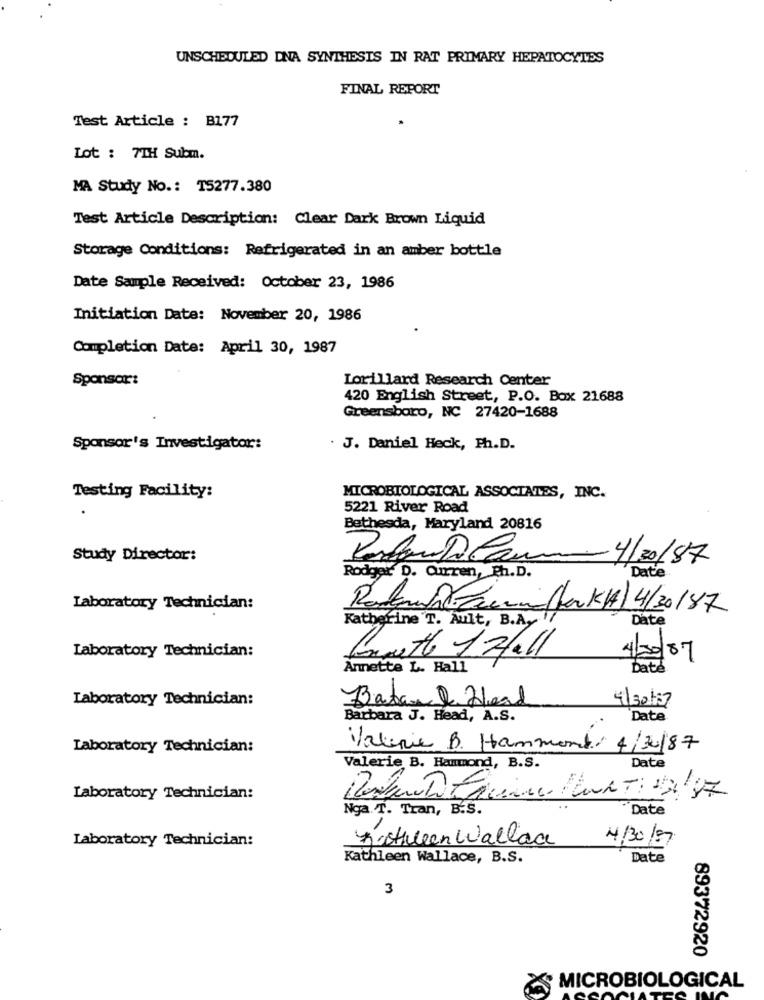
UNSCHEDULED DNA SYNTHESIS IN RAT PRIMARY HEPATOCYTES
FINAL REPORT
Test Article : B177
Lot : 7TH Subm.
MA Study No .: 15277.380
Test Article Description: Clear Dark Brown Liquid
Storage Conditions: Refrigerated in an amber bottle
Date Sample Received: October 23, 1986
Initiation Date: November 20, 1986
Completion Date: April 30, 1987
Sponsor:
Lorillard Research Center
420 English Street, P.O. Box 21688
Greensboro, NC 27420-1688
Sponsor's Investigator:
. J. Daniel Heck, Ph.D.
Testing Facility:
MICROBIOLOGICAL ASSOCIATES, INC.
5221 River Road
Bethesda, Maryland 20816
Study Director:
Pardon D Lamm 4/30/87
Date
Rodger D. Curren, Ph.D.
Laboratory Technician:
Poderwhat auna (fork(A) 4/20/87
Date
Katherine T. Ault, B.A.
Laboratory Technician:
Gareth 1Hall
4/30/87
Annette L. Hall
Date
Laboratory Technician:
Batand Head
4/30/27
Barbara J. Head, A.S.
Date
Laboratory Technician:
Valerie B. Hammond: 4/20/87
Valerie B. Hammond, B.S.
Date
Laboratory Technician:
Nga. T. Tran, B.S.
Date
Laboratory Technician:
Kathleen Wallaa
14/30/87
Kathleen Wallace, B.S.
Date
3
89372920
MICROBIOLOGICAL